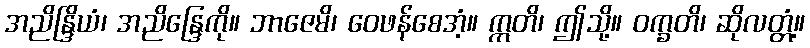
အညိန္ဒြိယံ၊ အညိန္ဒြေကို။ ဘာဇေမိ၊ ဝေဖန်စေအံ့။ ဣတိ၊ ဤသို့။ ဝက္ခတိ၊ ဆိုလတ္တံ့။